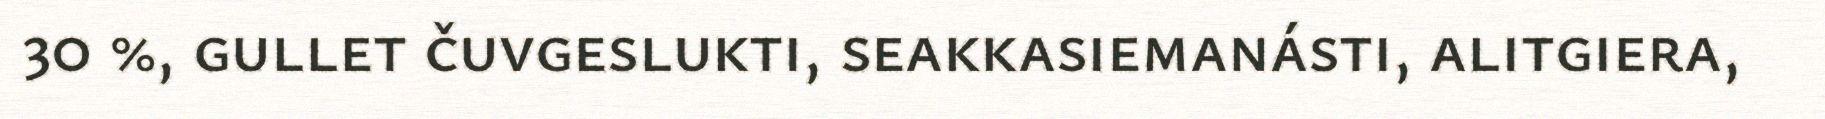
30 %, gullet čuvgeslukti, seakkasiemanásti, alitgiera,